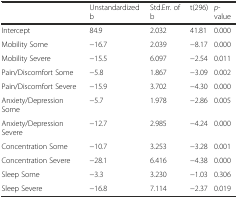
|  | Unstandardized b | Std.Err. of b | t(296) | p-value |
 | --- | --- | --- | --- | --- |
 | Intercept | 84.9 | 2.032 | 41.81 | 0.000 |
 | Mobility Some | −16.7 | 2.039 | −8.17 | 0.000 |
 | Mobility Severe | −15.5 | 6.097 | −2.54 | 0.011 |
 | Pain/Discomfort Some | −5.8 | 1.867 | −3.09 | 0.002 |
 | Pain/Discomfort Severe | −15.9 | 3.702 | −4.30 | 0.000 |
 | Anxiety/Depression Some | −5.7 | 1.978 | −2.86 | 0.005 |
 | Anxiety/Depression Severe | −12.7 | 2.985 | −4.24 | 0.000 |
 | Concentration Some | −10.7 | 3.253 | −3.28 | 0.001 |
 | Concentration Severe | −28.1 | 6.416 | −4.38 | 0.000 |
 | Sleep Some | −3.3 | 3.230 | −1.03 | 0.306 |
 | Sleep Severe | −16.8 | 7.114 | −2.37 | 0.019 |